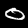
Label: 0